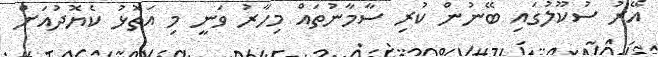
އޭރު ސުކޫލުގައި ބޭނުން ކުރި ސާމާނުތައް މިހާރު ވަނީ މި އަތޮޅު ކެޔޮދުއަށް